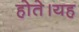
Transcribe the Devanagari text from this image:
होते।यह